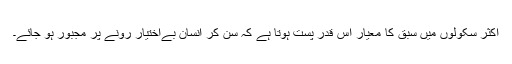
اکثر سکولوں میں سبق کا معیار اس قدر پست ہوتا ہے کہ سن کر انسان بےاختیار رونے پر مجبور ہو جائے۔